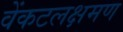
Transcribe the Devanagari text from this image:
वेंकटलक्षमण